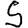
Digit: 5